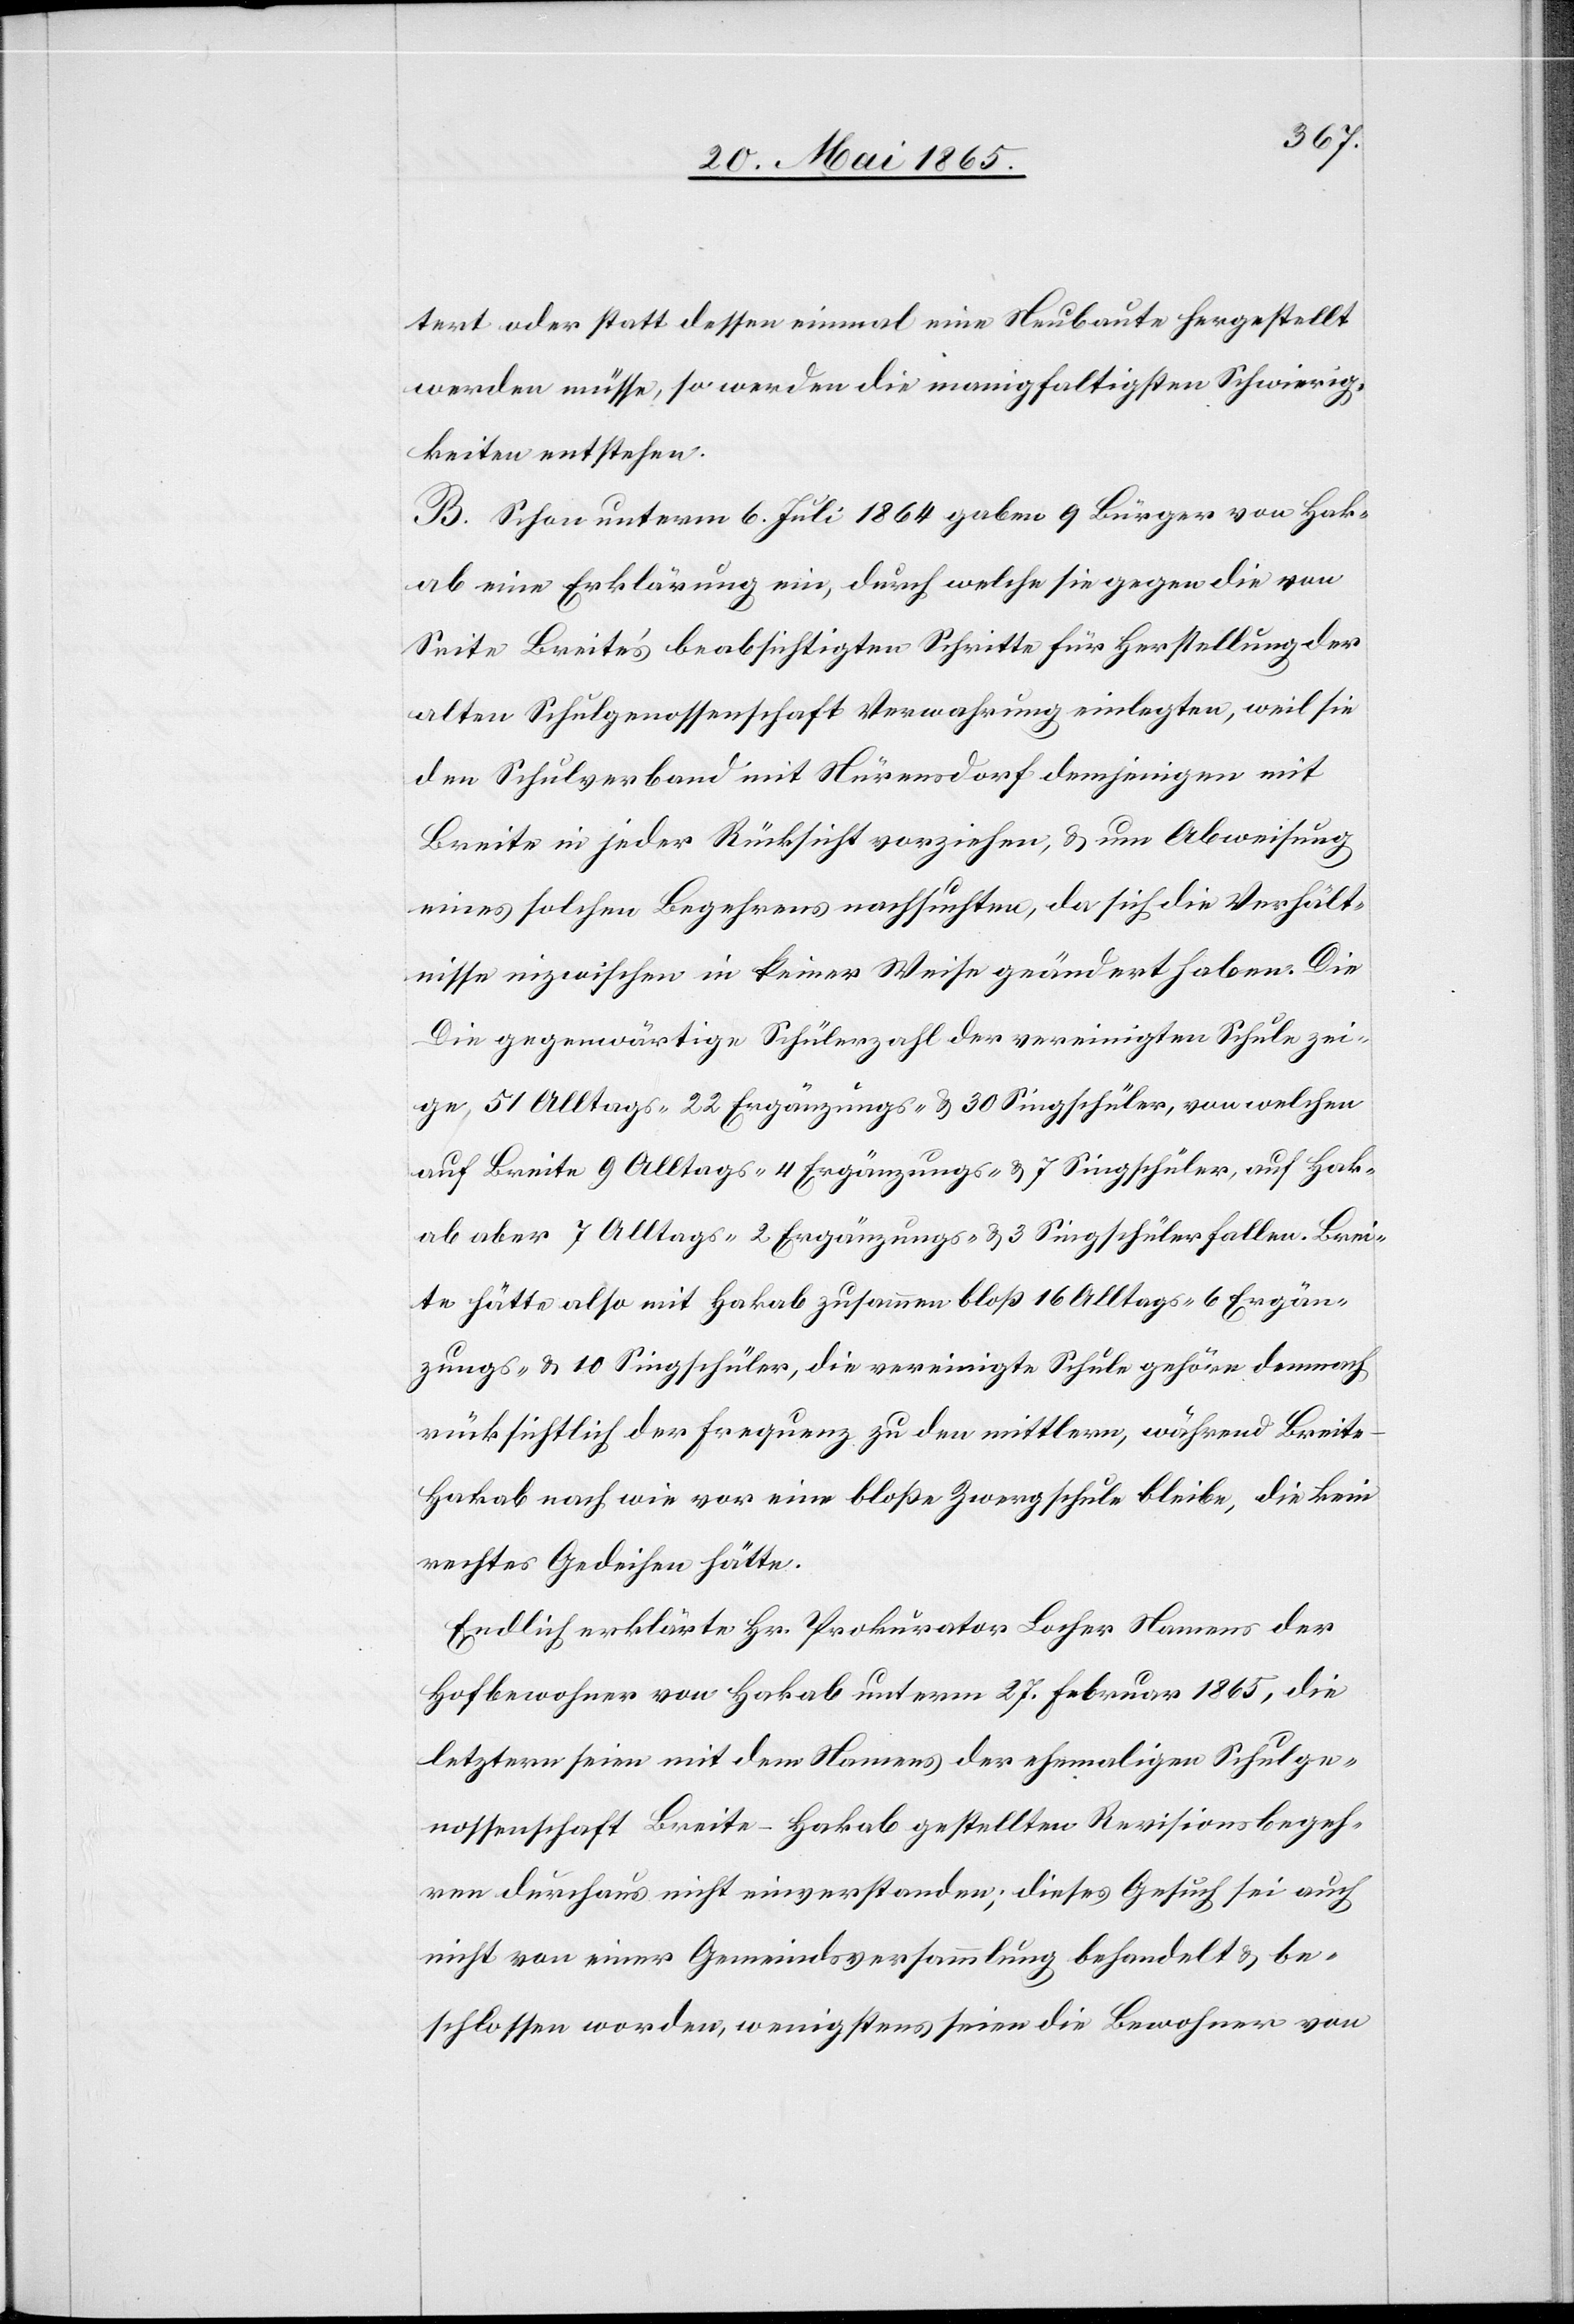
tert oder statt dessen einmal eine Neubaute hergestellt
werden müsse, so werden die mannigfaltigsten Schwierig¬
keiten entstehen.
B. Schon unterm 6. Juli 1864 gaben 9 Bürger von Hak¬
ab eine Erklärung ein, durch welche sie gegen die von
Seite Breite’s beabsichtigten Schritte für Herstellung der
alten Schulgenossenschaft Verwahrung einlegten, weil sie
den Schulverband mit Nürensdorf demjenigen mit
Breite in jeder Rücksicht vorziehen, & um Abweisung
eines solchen Begehrens nachsuchten, da sich die Verhält¬
nisse inzwischen in keiner Weise geändert haben. Die
[sic!] gegenwärtige Schülerzahl der vereinigten Schule zei¬
ge 51 Alltags-[,] 22 Ergänzungs- & 30 Singschüler, von welchen
auf Breite 9 Alltags-[,] 4 Ergänzungs- & 7 Singschüler, auf Hak¬
ab aber 7 Alltags-[,] 2 Ergänzungs- & 3 Singschüler fallen. Brei¬
te hätte also mit Hakab zusammen bloß 16 Alltags-[,] 6 Ergän¬
zungs- & 10 Singschüler, die vereinigte Schule gehöre demnach
rücksichtlich der Frequenz zu den mittlern, während Breit¬
e-Hakab nach wie vor eine bloße Zwergschule bleibe, die kein
rechtes Gedeihen hätte.
Endlich erklärte Hr. Prokurator Locher Namens der
Hofbewohner von Hakab unterm 27. Februar 1865, die
letztern seien mit dem Namens der ehemaligen Schulge¬
nossenschaft Breite-Hakab gestellten Revisionsbegeh¬
ren durchaus nicht einverstanden; dieses Gesuch sei auch
nicht von einer Gemeindsversammlung behandelt & be¬
schlossen worden, wenigstens seien die Bewohner von